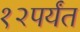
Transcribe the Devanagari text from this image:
१२पर्यंत